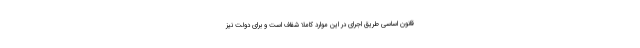
قانون اساسی طریق اجرای در این موارد کاملا شفاف است و برای دولت نیز